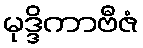
မုဒ္ဒိကာဗီဇံ